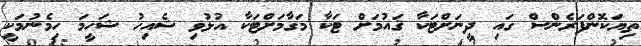
ތިޔަކޮންފަރެންސް ގައި ދީނަށްޓަކާ ޤައުމަށް ޓަކާ މަގާމަށްޓަކާ އުޅުވި ޝެއިހު ޝަހީމަ ހިމެނުމަކީ